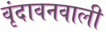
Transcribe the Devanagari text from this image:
वृंदावनवाली